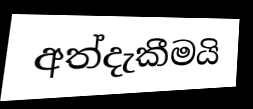
අත්දැකීමයි